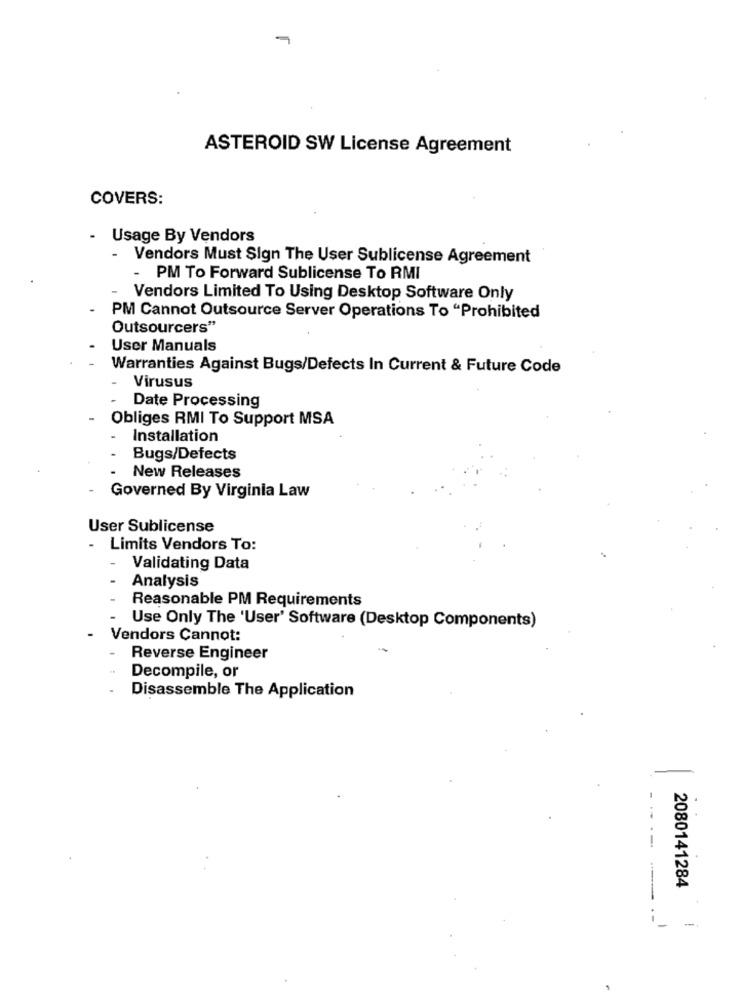
ASTEROID SW License Agreement
COVERS:
- Usage By Vendors
-
Vendors Must Sign The User Sublicense Agreement
PM To Forward Sublicense To RMI
Vendors Limited To Using Desktop Software Only
PM Cannot Outsource Server Operations To "Prohibited
Outsourcers"
User Manuals
Warranties Against Bugs/Defects In Current & Future Code
Virusus
Date Processing
Obliges RMI To Support MSA
Installation
Bugs/Defects
New Releases
Governed By Virginia Law
User Sublicense
- Limits Vendors To:
Validating Data
Analysis
Reasonable PM Requirements
Use Only The 'User' Software (Desktop Components)
Vendors Cannot:
Reverse Engineer
Decompile, or
Disassemble The Application
-
--- --
2080141284
.-
-